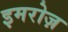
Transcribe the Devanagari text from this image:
इमरोज़